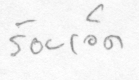
ร้อยเอ็ด